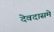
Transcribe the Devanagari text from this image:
देवदासमे